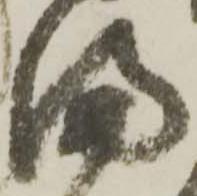
満